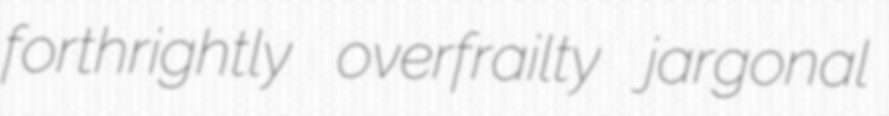
forthrightly overfrailty jargonal